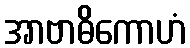
အာဗာဓိကောဟံ